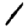
Digit: 1